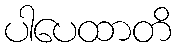
ပါပေထာတိ